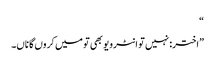
“
”اختر: نہیں تو انٹرویو بھی تو میں کروں گا ناں۔